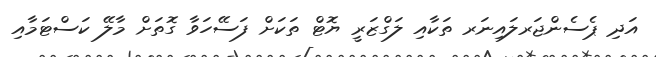
އަދި ޕެސެންޖަރލައިނަރ ތަކާއި ލަގްޒަރީ ޔޮޓް ތަކަށް ފަސޭހަވާ ގޮތަށް މާލޭ ކަސްޓަމާއި